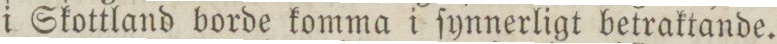
i Skottland borde komma i ſynnerligt betraktande.